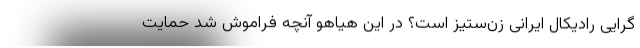
‌گرایی رادیکال ایرانی زن‌ستیز است؟ در این هیاهو آنچه فراموش شد حمایت